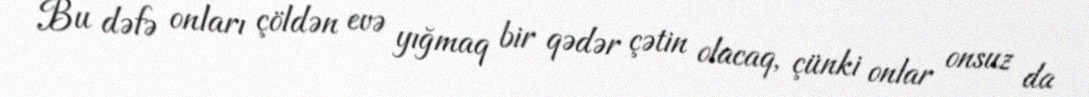
Bu dəfə onları çöldən evə yığmaq bir qədər çətin olacaq, çünki onlar onsuz da